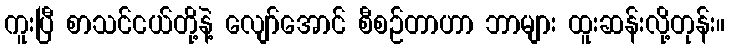
ကူးပြီ စာသင်ငယ်တို့နဲ့ လျော်အောင် စီစဉ်တာဟာ ဘာများ ထူးဆန်းလို့တုန်း။